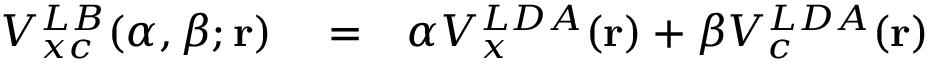
\begin{array} { r l r } { V _ { x c } ^ { L B } ( \alpha , \beta ; { \bf r } ) } & { { } = } & { \alpha V _ { x } ^ { L D A } ( { \bf r } ) + \beta V _ { c } ^ { L D A } ( { \bf r } ) } \end{array}